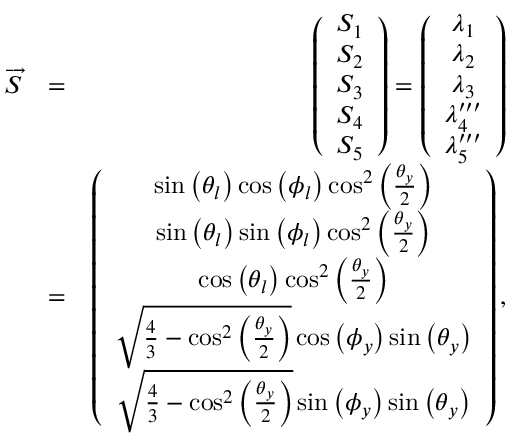
\begin{array} { r l r } { \overrightarrow { S } } & { = } & { \left( \begin{array} { c } { S _ { 1 } } \\ { S _ { 2 } } \\ { S _ { 3 } } \\ { S _ { 4 } } \\ { S _ { 5 } } \end{array} \right) = \left( \begin{array} { c } { \lambda _ { 1 } } \\ { \lambda _ { 2 } } \\ { \lambda _ { 3 } } \\ { \lambda _ { 4 } ^ { \prime \prime \prime } } \\ { \lambda _ { 5 } ^ { \prime \prime \prime } } \end{array} \right) } \\ & { = } & { \left( \begin{array} { c } { \sin \left( \theta _ { l } \right) \cos \left( \phi _ { l } \right) \cos ^ { 2 } \left( \frac { \theta _ { y } } { 2 } \right) } \\ { \sin \left( \theta _ { l } \right) \sin \left( \phi _ { l } \right) \cos ^ { 2 } \left( \frac { \theta _ { y } } { 2 } \right) } \\ { \cos \left( \theta _ { l } \right) \cos ^ { 2 } \left( \frac { \theta _ { y } } { 2 } \right) } \\ { \sqrt { \frac { 4 } { 3 } - \cos ^ { 2 } \left( \frac { \theta _ { y } } { 2 } \right) } \cos \left( \phi _ { y } \right) \sin \left( \theta _ { y } \right) } \\ { \sqrt { \frac { 4 } { 3 } - \cos ^ { 2 } \left( \frac { \theta _ { y } } { 2 } \right) } \sin \left( \phi _ { y } \right) \sin \left( \theta _ { y } \right) } \end{array} \right) , } \end{array}